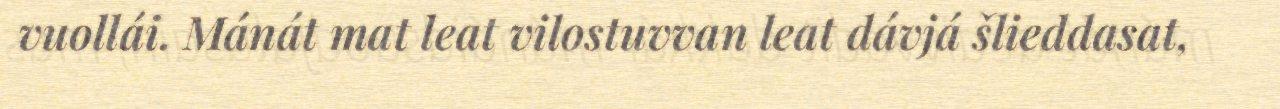
vuollái. Mánát mat leat vilostuvvan leat dávjá šlieddasat,